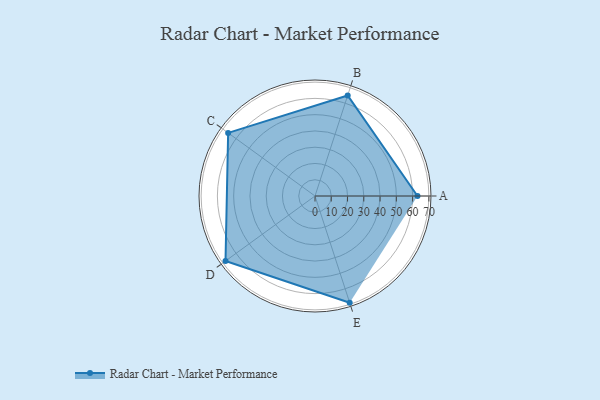
{"axis": {"x": "Skill", "y": "Score"}, "legend": ["Profile"], "data": [{"x": "A", "y": 63.0, "type": "Profile"}, {"x": "B", "y": 65.0, "type": "Profile"}, {"x": "C", "y": 66.0, "type": "Profile"}, {"x": "D", "y": 68.0, "type": "Profile"}, {"x": "E", "y": 69.0, "type": "Profile"}]}